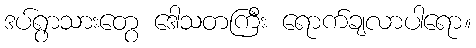
ဒပ်ရွာသားတွေ ဒေါသတကြီး ရောက်ချလာပါရော။